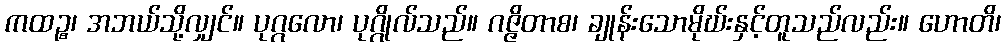
ကထဉ္စ၊ အဘယ်သို့လျှင်။ ပုဂ္ဂလော၊ ပုဂ္ဂိုလ်သည်။ ဂဇ္ဇိတာစ၊ ချုန်းသောမိုဃ်းနှင့်တူသည်လည်း။ ဟောတိ၊